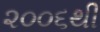
૨૦૦૬થી